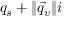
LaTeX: q _ { s } + \lVert { \vec { q } } _ { v } \rVert i